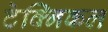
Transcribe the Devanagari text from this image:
टेक्‍िनकल